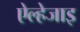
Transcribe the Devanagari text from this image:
ऐल्हेजाइ